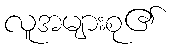
လူအများစု၏